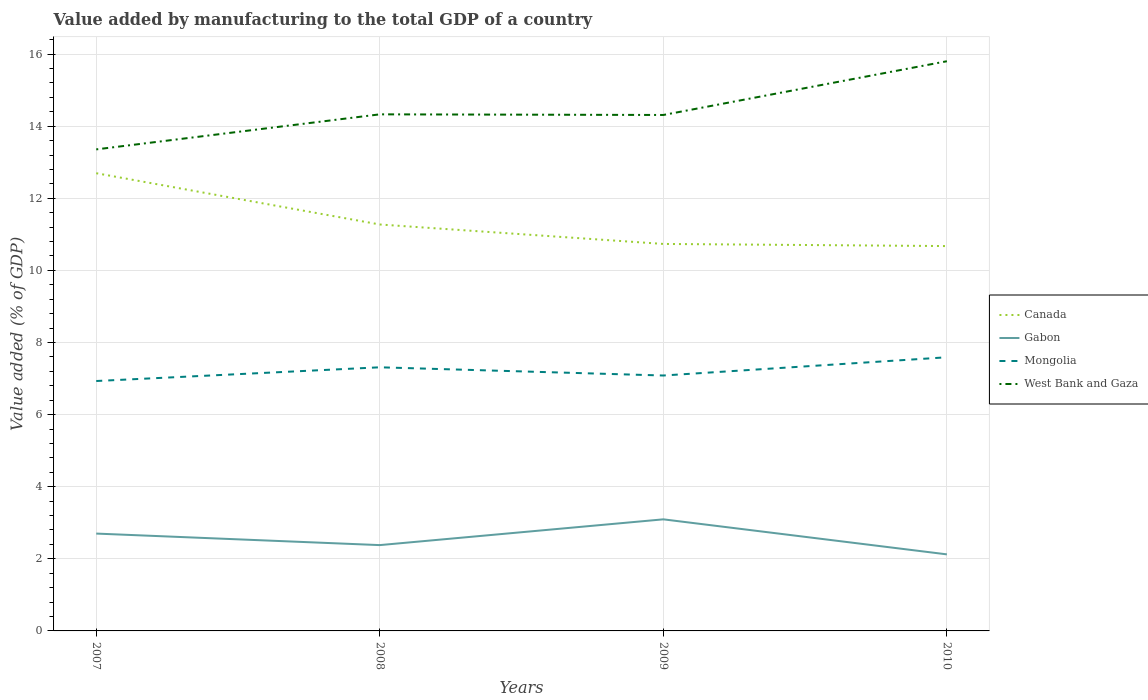
| Years | Canada | Gabon | Mongolia | West Bank and Gaza |
 | --- | --- | --- | --- | --- |
 | 2007 | 12.7 | 2.7 | 6.93 | 13.4 |
 | 2008 | 11.3 | 2.38 | 7.31 | 14.3 |
 | 2009 | 10.7 | 3.1 | 7.08 | 14.3 |
 | 2010 | 10.7 | 2.12 | 7.59 | 15.8 |